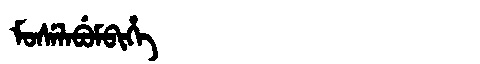
Manchu: ᠮᠣᠰᡝᠯᠠᠪᡠᠮᠪᡳᡥᡝ
Romanization: MOSELABUMBIHE